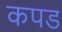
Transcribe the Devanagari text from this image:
कपड